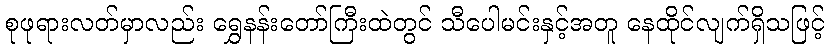
စုဖုရားလတ်မှာလည်း ရွှေနန်းတော်ကြီးထဲတွင် သီပေါမင်းနှင့်အတူ နေထိုင်လျက်ရှိသဖြင့်